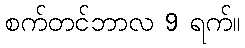
စက်တင်ဘာလ 9 ရက်။